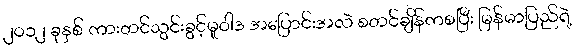
၂ဝ၁၂ ခုနှစ် ကားတင်သွင်းခွင့်မူဝါဒ အပြောင်းအလဲ စတင်ချိန်ကစပြီး မြန်မာပြည်ရဲ့